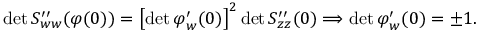
\operatorname* { d e t } S _ { w w } ^ { \prime \prime } ( { \boldsymbol { \varphi } } ( 0 ) ) = \left[ \operatorname* { d e t } { \boldsymbol { \varphi } } _ { w } ^ { \prime } ( 0 ) \right] ^ { 2 } \operatorname* { d e t } S _ { z z } ^ { \prime \prime } ( 0 ) \Longrightarrow \operatorname* { d e t } { \boldsymbol { \varphi } } _ { w } ^ { \prime } ( 0 ) = \pm 1 .